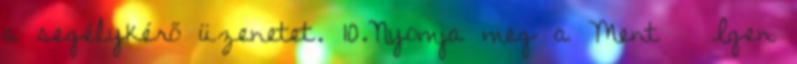
a segélykérő üzenetet. 10.Nyomja meg a Ment → Igen